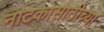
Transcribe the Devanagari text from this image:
नाटकासाठीच्या